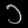
Digit: ၁